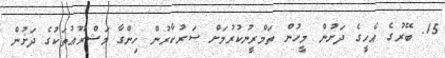
15. ބޭރުގެ އެހީގެ ދަށުން މީހުން ތަމްރީނުކުރުމަށް ސަރުކާރުން ހިންގާ މަޝްރޫޢުތަކުގެ ދަށުން